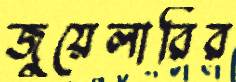
জুয়েলারির